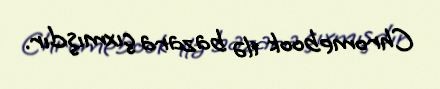
Chromebook ilə bazara çıxmışdır.